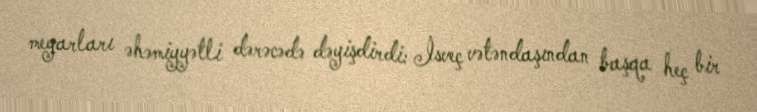
meyarları əhəmiyyətli dərəcədə dəyişdirdi: İsveç vətəndaşından başqa heç bir